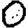
Digit: 0